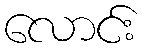
လောင်း